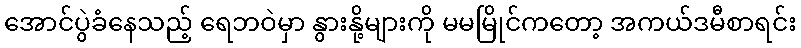
အောင်ပွဲခံနေသည့် ရေဘဝဲမှာ နွားနို့များကို မမမြိုင်ကတော့ အကယ်ဒမီစာရင်း